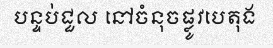
បន្ទប់ជួល នៅចំនុចផ្លូវបេតុង